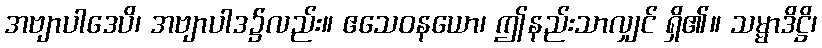
အဗျာပါဒေပိ၊ အဗျာပါဒ၌လည်း။ ဧသေဝနယော၊ ဤနည်းသာလျှင် ရှိ၏။ သမ္မာဒိဋ္ဌိ၊